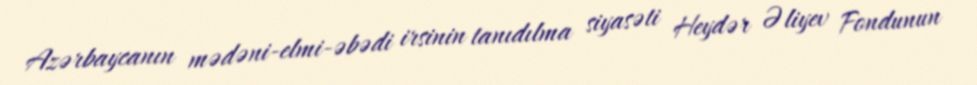
Azərbaycanın mədəni-elmi-əbədi irsinin tanıdılma siyasəti Heydər Əliyev Fondunun